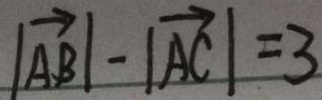
\vert \overrightarrow { A B } \vert - \vert \overrightarrow { A C } \vert = 3